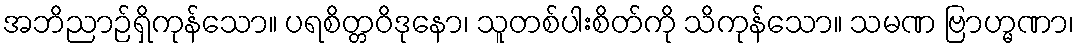
အဘိညာဉ်ရှိကုန်သော။ ပရစိတ္တဝိဒုနော၊ သူတစ်ပါးစိတ်ကို သိကုန်သော။ သမဏ ဗြာဟ္မဏာ၊